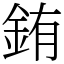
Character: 銪